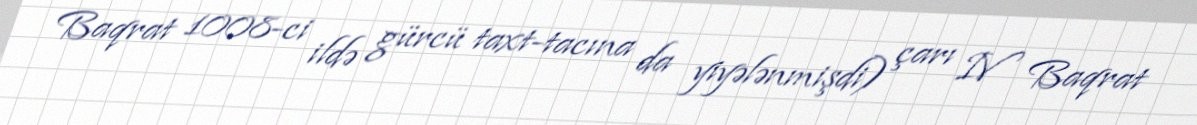
Baqrat 1008-ci ildə gürcü taxt-tacına da yiyələnmişdi) çarı IV Baqrat